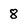
Character: 8